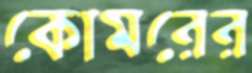
কোমরের